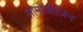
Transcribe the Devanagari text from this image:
लामोत्रीजिन